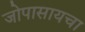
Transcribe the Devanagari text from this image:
जोपासायचा